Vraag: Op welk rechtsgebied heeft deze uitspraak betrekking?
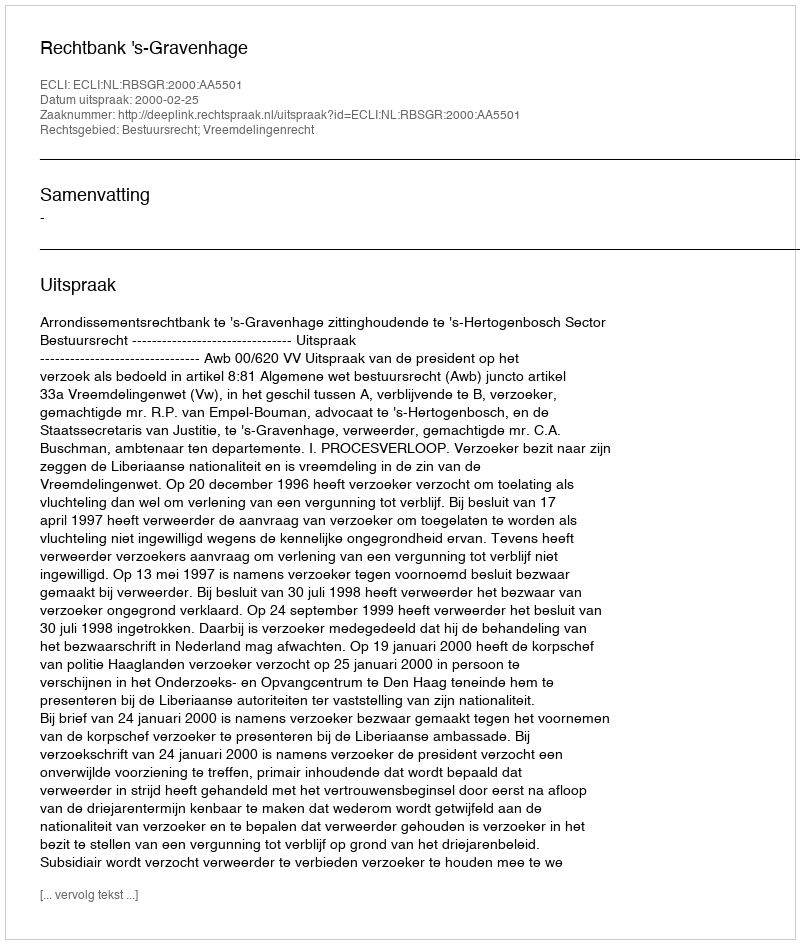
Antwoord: Bestuursrecht; Vreemdelingenrecht